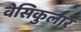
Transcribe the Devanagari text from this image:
वेसिकुलार